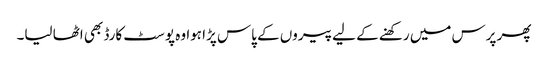
پھر پرس میں رکھنے کے لیے پیروں کے پاس پڑا ہوا وہ پوسٹ کارڈ بھی اٹھا لیا۔